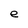
Character: e